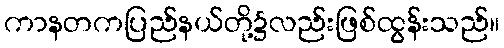
ကာနတကပြည်နယ်တို့၌လည်းဖြစ်ထွန်းသည်။